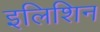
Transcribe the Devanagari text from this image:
इलिशिन